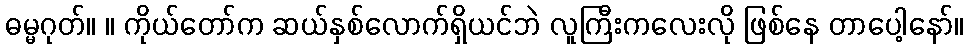
ဓမ္မဂုတ်။ ။ ကိုယ်တော်က ဆယ်နှစ်လောက်ရှိယင်ဘဲ လူကြီးကလေးလို ဖြစ်နေ တာပေါ့နော်။